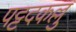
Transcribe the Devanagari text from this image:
पट्टदकल्लु